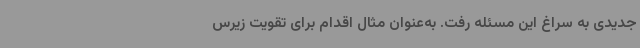
جدیدی به سراغ این مسئله رفت. به‌عنوان ‌مثال اقدام برای تقویت زیرس